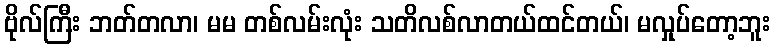
ဗိုလ်ကြီး ဘတ်တလာ၊ မမ တစ်လမ်းလုံး သတိလစ်လာတယ်ထင်တယ်၊ မလှုပ်တော့ဘူး